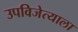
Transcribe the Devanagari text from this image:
उपविजेत्याला